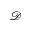
\mathcal { D }